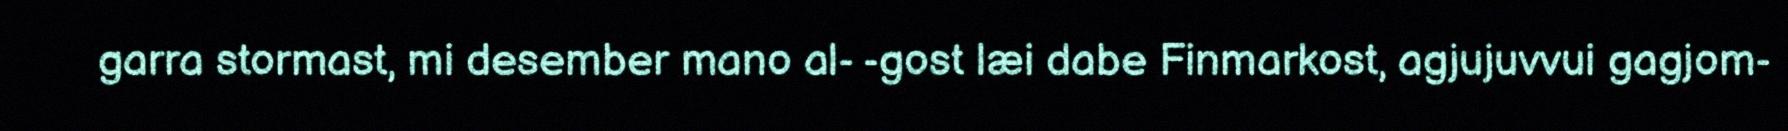
garra stormast, mi desember mano al- -gost læi dabe Finmarkost, agjujuvvui gagjom-